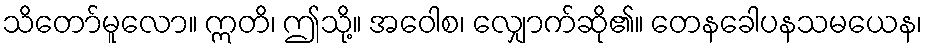
သိတော်မူလော။ ဣတိ၊ ဤသို့။ အဝေါစ၊ လျှောက်ဆို၏။ တေနခေါပနသမယေန၊